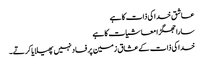
عاشق خدا کی ذات کا ہے
سارا جھگڑا معاشیات کا ہے
خدا کی ذات کے عشاق زمین پر فساد نہیں پھیلایا کرتے۔